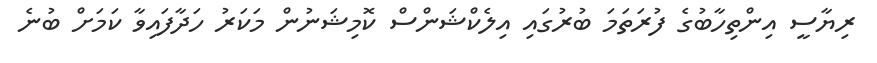
ރިޔާސީ އިންތިހާބުގެ ފުރަތަމަ ބުރުގައި އިލެކްޝަންސް ކޮމިޝަނުން މަކަރު ހަދާފައިވާ ކަމަށް ބުނެ